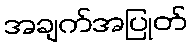
အချက်အပြုတ်